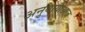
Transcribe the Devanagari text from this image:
अनुयायीआज